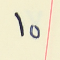
١٥